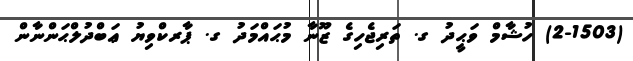
(2-1503) ހުޝާމް ވަޙީދު ގ. ތަރިޖެހިގެ ޒޫނާ މުޙައްމަދު ގ. ޕާރކްވިޔު ޢަބްދުލްޙަންނާން